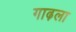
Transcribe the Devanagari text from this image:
गाढ़ला